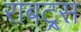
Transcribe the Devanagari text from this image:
राबट्र्स